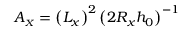
A _ { \scriptscriptstyle X } = \left( { L _ { x } } \right) ^ { 2 } \left( { 2 R _ { x } h _ { 0 } } \right) ^ { - 1 }